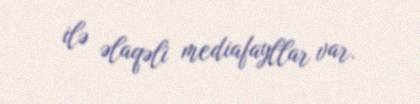
ilə əlaqəli mediafayllar var.